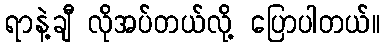
ရာနဲ့ချီ လိုအပ်တယ်လို့ ပြောပါတယ်။